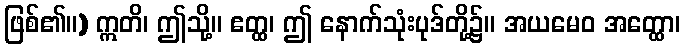
ဖြစ်၏။) ဣတိ၊ ဤသို့။ ဧတ္ထ၊ ဤ နောက်သုံးပုဒ်တို့၌။ အယမေဝ အတ္ထော၊